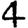
Digit: 4